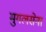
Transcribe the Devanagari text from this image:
मुगलसेना